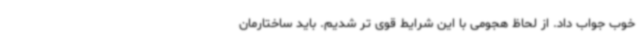
خوب جواب داد. از لحاظ هجومی با این شرایط قوی تر شدیم. باید ساختارمان